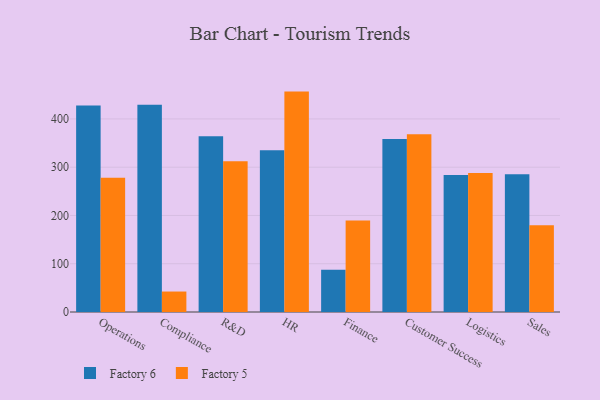
{"axis": {"x": "Department", "y": "Budget (USD K)"}, "legend": ["Factory 5", "Factory 6"], "data": [{"x": "Operations", "y": 427.9, "type": "Factory 6"}, {"x": "Operations", "y": 278.1, "type": "Factory 5"}, {"x": "Compliance", "y": 429.6, "type": "Factory 6"}, {"x": "Compliance", "y": 42.4, "type": "Factory 5"}, {"x": "R&D", "y": 364.1, "type": "Factory 6"}, {"x": "R&D", "y": 312.1, "type": "Factory 5"}, {"x": "HR", "y": 335.2, "type": "Factory 6"}, {"x": "HR", "y": 456.6, "type": "Factory 5"}, {"x": "Finance", "y": 87.3, "type": "Factory 6"}, {"x": "Finance", "y": 189.8, "type": "Factory 5"}, {"x": "Customer Success", "y": 358.5, "type": "Factory 6"}, {"x": "Customer Success", "y": 368.3, "type": "Factory 5"}, {"x": "Logistics", "y": 283.9, "type": "Factory 6"}, {"x": "Logistics", "y": 288.0, "type": "Factory 5"}, {"x": "Sales", "y": 285.4, "type": "Factory 6"}, {"x": "Sales", "y": 179.9, "type": "Factory 5"}]}